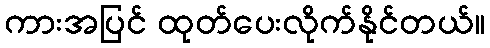
ကားအပြင် ထုတ်ပေးလိုက်နိုင်တယ်။